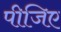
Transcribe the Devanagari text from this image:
पीजिए